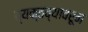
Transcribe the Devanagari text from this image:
व्यक्तव्यावरून